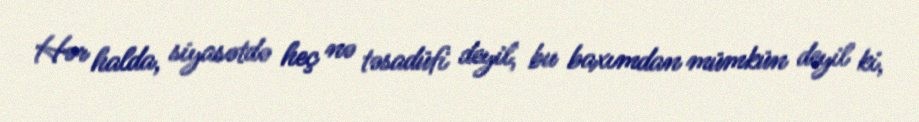
Hər halda, siyasətdə heç nə təsadüfi deyil, bu baxımdan mümkün deyil ki,